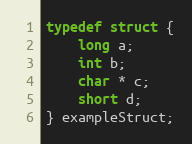
Language: C
typedef struct {
    long a;
    int b;
    char * c;
    short d;
} exampleStruct;